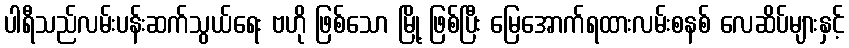
ပါရီသည်လမ်းပန်းဆက်သွယ်ရေး ဗဟို ဖြစ်သော မြို့ ဖြစ်ပြီး မြေအောက်ရထားလမ်းစနစ် လေဆိပ်များနှင့်